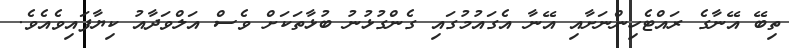
ތިބޭ އޭނާގެ ރައްޓެހިންނަށާއި އޭނާ އެގައުމުގައި ގެންގުޅުނު ބުޅާތަކަށް ވެސް އަލްވަދާއު ކިޔާފައިވެއެވެ.